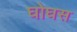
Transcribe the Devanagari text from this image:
घोघस